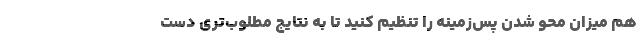
هم میزان محو شدن پس‌زمینه را تنظیم کنید تا به نتایج مطلوب‌تری دست